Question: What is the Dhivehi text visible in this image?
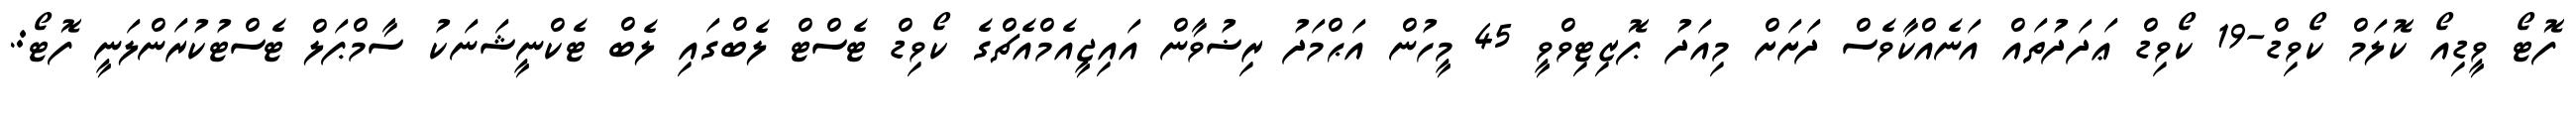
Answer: ފޮޓޯ ވީޑިއޯ ކޮލަމް ކޯވިޑް-19 ކޯވިޑް ޢަދަދުތައް އަނެއްކާވެސް ދަށަށް މިއަދު ޕޮޒިޓިވްވީ 45 މީހުން އަޙްމަދު ރިޟުވާން އައިޖީއެމްއެޗްގެ ކޯވިޑް ޓެސްޓް ލެބްގައި ލެބް ޓެކްނީޝަނަކު ސާމްޕަލް ޓެސްޓުކުރަންލަނީ ފޮޓޯ:.